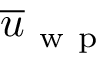
\overline { { u } } _ { \mathrm { ~ w ~ p ~ } }